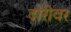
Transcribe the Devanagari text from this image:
दोरीवर